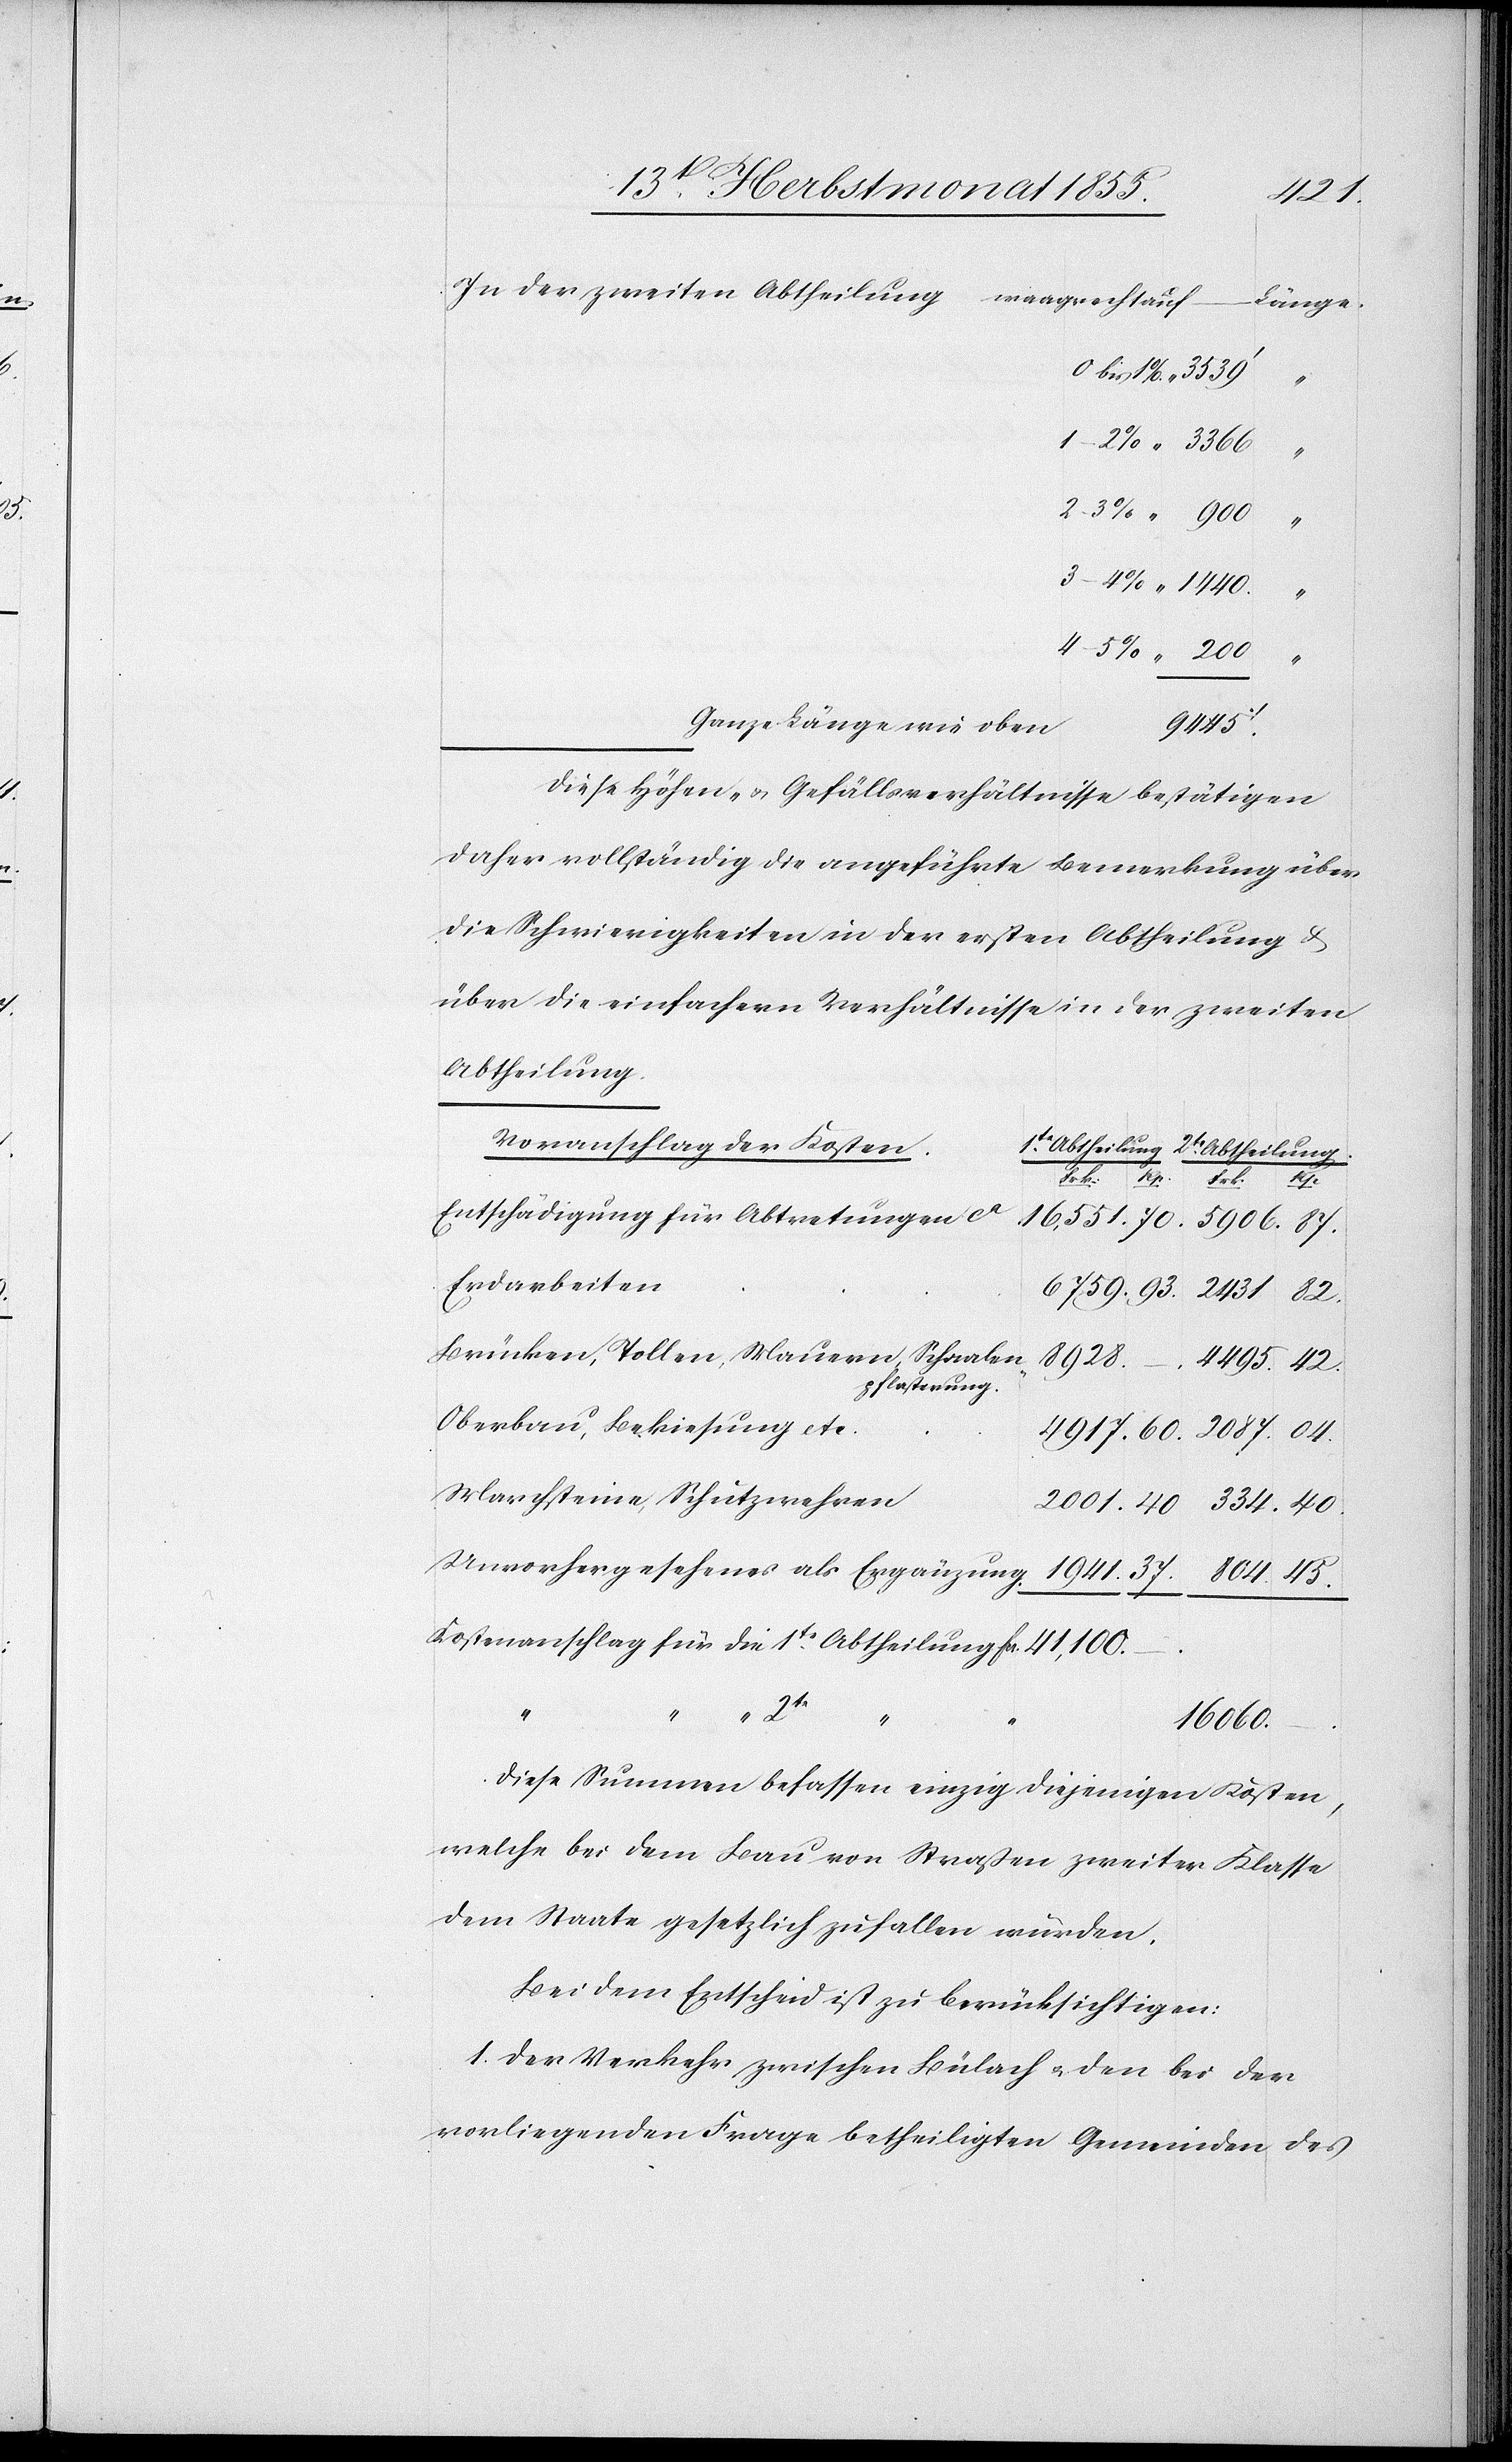
–

804.
In der zweiten Abtheilung
Ganze Länge wie oben
4495.
Diese Höhen- & Gefällsverhältnisse bestätigen
daher vollständig die angeführte Bemerkung über
die Schwierigkeiten in der ersten Abtheilung &
über die einfachern Verhältnisse in der zweiten
Abtheilung.
Voranschlag der Kosten.
Unvorhergesehenes als
Entschädigung für Abtretungen ca
Erdarbeiten
Brücken, Tollen, Mauern, Schaalen¬
pflasterung.
Oberbau, Bekiesung etc.
Marchsteine, Schutzwehren
Kostenanschlag für die 1te. Abtheilung Fcs.
2te
45.
16 060.
Diese Summen befassen einzig diejenigen Kosten,
welche bei dem Bau von Straßen zweiter Klasse
dem Staate gesetzlich zufallen würden.
Bei dem Entscheid ist zu beücksichtigen:
1. Der Verkehr zwischen Bülach & den bei der
vorliegenden Frage betheiligten Gemeinden des